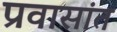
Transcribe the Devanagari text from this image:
प्रवासांत